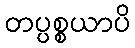
တပ္ပစ္စယာပိ